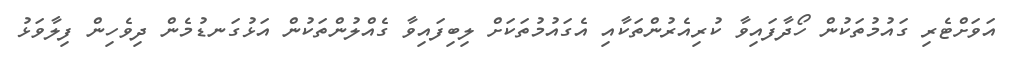
އަވަށްޓެރި ގައުމުތަކުން ހޯދާފައިވާ ކުރިއެރުންތަކާއި އެގައުމުތަކަށް ލިބިފައިވާ ގެއްލުންތަކުން އަޅުގަނޑުމެން ދިވެހިން ފިލާވަޅު